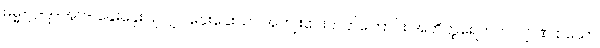
ဓမ္မ-ဋ္ဌ-ဒု-အုပ်- နှေးနှေးပြုလျှင် နှေးနှေးသာ အကျိုးပေးတတ်ကြောင်း အဘိတ္ထရေတကလျာဏ စသော